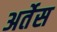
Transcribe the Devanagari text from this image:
अर्तेस